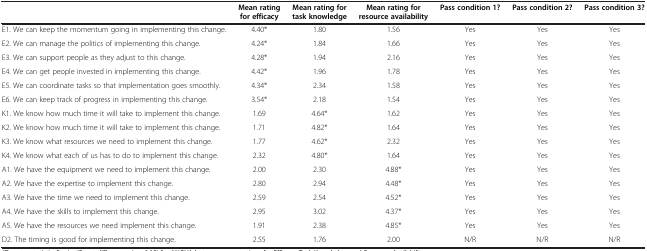
|  | Mean rating for efficacy | Mean rating for task knowledge | Mean rating for resource availability | Pass condition 1? | Pass condition 2? | Pass condition 3? |
 | --- | --- | --- | --- | --- | --- | --- |
 | E1. We can keep the momentum going in implementing this change. | 4.40* | 1.80 | 1.56 | Yes | Yes | Yes |
 | E2. We can manage the politics of implementing this change. | 4.24* | 1.84 | 1.66 | Yes | Yes | Yes |
 | E3. We can support people as they adjust to this change. | 4.28* | 1.94 | 2.16 | Yes | Yes | Yes |
 | E4. We can get people invested in implementing this change. | 4.42* | 1.96 | 1.78 | Yes | Yes | Yes |
 | E5. We can coordinate tasks so that implementation goes smoothly. | 4.34* | 2.34 | 1.58 | Yes | Yes | Yes |
 | E6. We can keep track of progress in implementing this change. | 3.54* | 2.18 | 1.54 | Yes | Yes | Yes |
 | K1. We know how much time it will take to implement this change. | 1.69 | 4.64* | 1.62 | Yes | Yes | Yes |
 | K2. We know how much time it will take to implement this change. | 1.71 | 4.82* | 1.64 | Yes | Yes | Yes |
 | K3. We know what resources we need to implement this change. | 1.77 | 4.62* | 2.32 | Yes | Yes | Yes |
 | K4. We know what each of us has to do to implement this change. | 2.32 | 4.80* | 1.64 | Yes | Yes | Yes |
 | A1. We have the equipment we need to implement this change. | 2.00 | 2.30 | 4.88* | Yes | Yes | Yes |
 | A2. We have the expertise to implement this change. | 2.80 | 2.94 | 4.48* | Yes | Yes | Yes |
 | A3. We have the time we need to implement this change. | 2.59 | 2.54 | 4.52* | Yes | Yes | Yes |
 | A4. We have the skills to implement this change. | 2.95 | 3.02 | 4.37* | Yes | Yes | Yes |
 | A5. We have the resources we need implement this change. | 1.91 | 2.38 | 4.85* | Yes | Yes | Yes |
 | D2. The timing is good for implementing this change. | 2.55 | 1.76 | 2.00 | N/R | N/R | N/R |